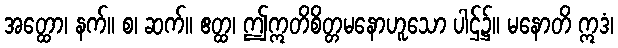
အတ္ထော၊ နက်။ စ၊ ဆက်။ ဧတ္ထ၊ ဤဣတိစိတ္တမနောဟူသော ပါဌ်၌။ မနောတိ ဣဒံ၊